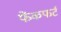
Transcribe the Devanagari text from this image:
फेंकफर्ट